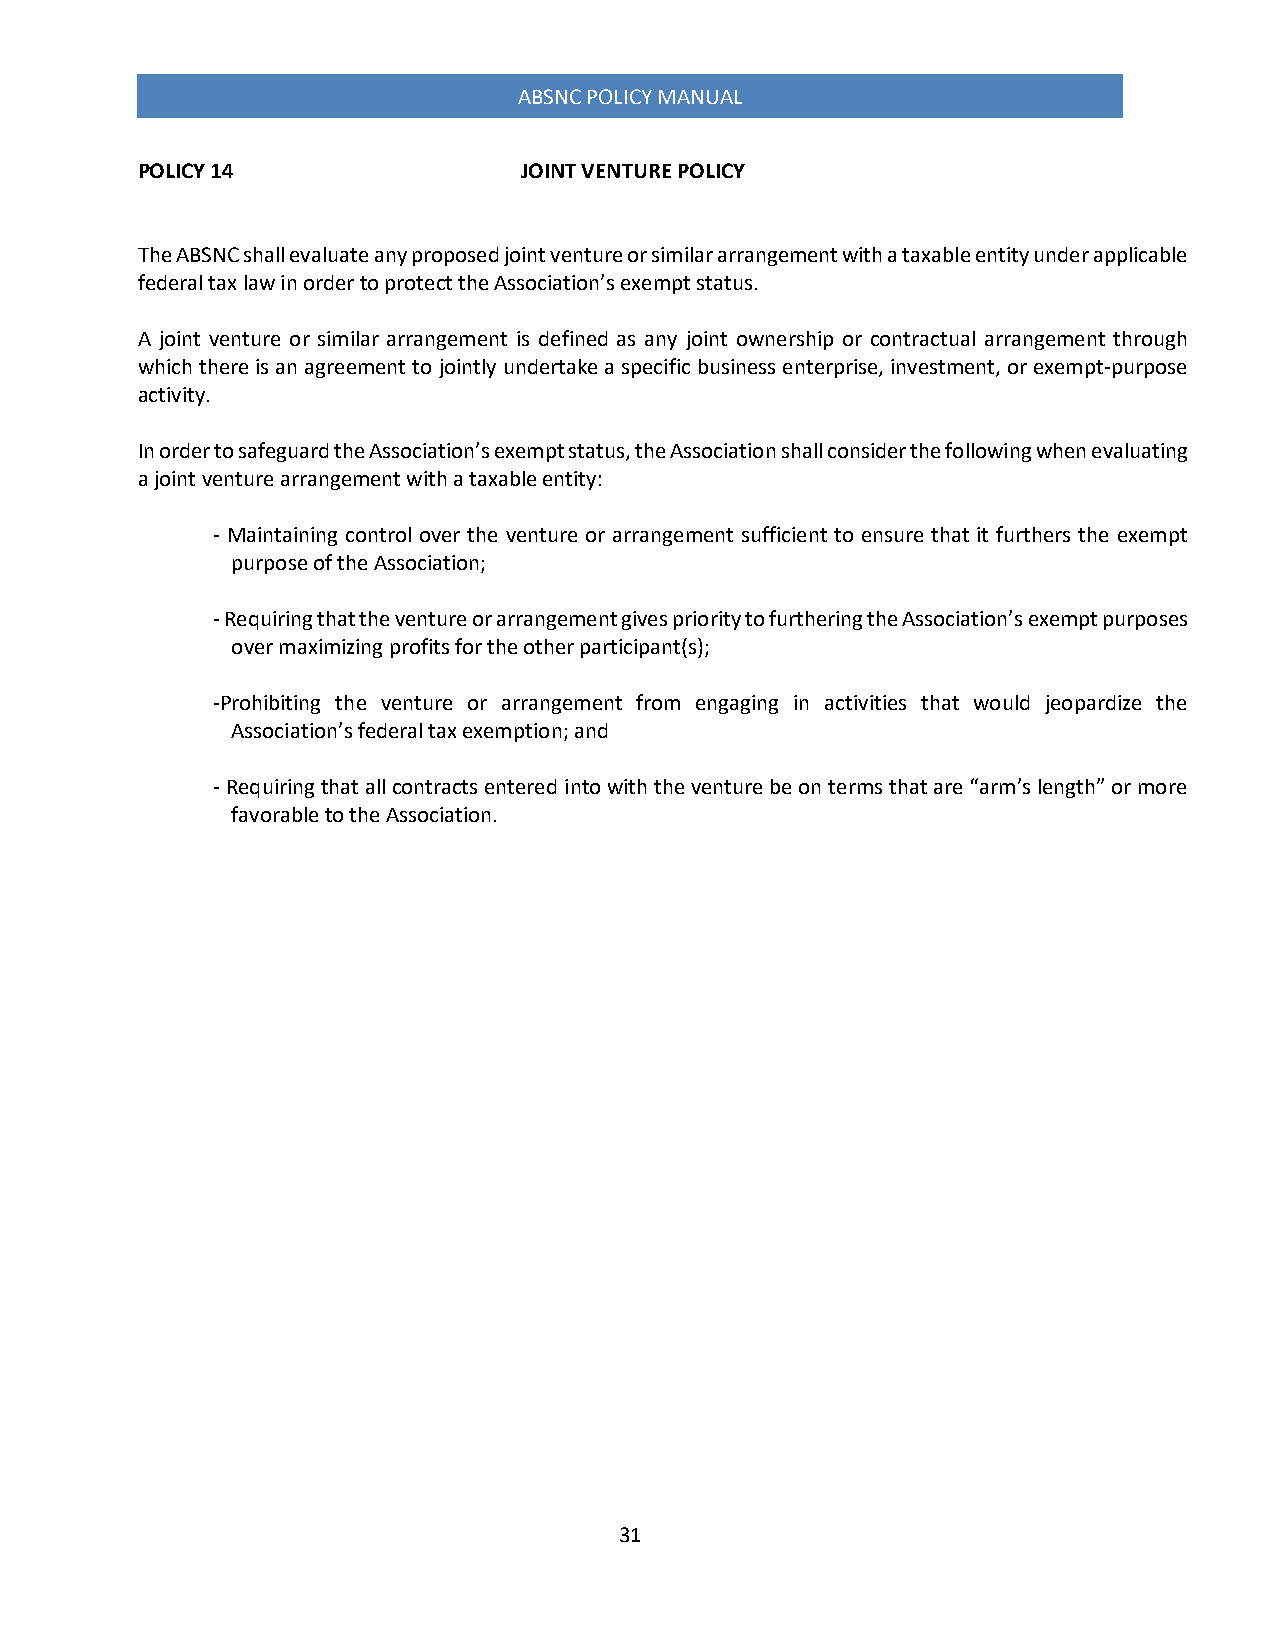
ABSNC POLICY MANUAL
 POLICY 14                 JOINT VENTURE POLICY
 The ABSNC shall evaluate any proposed joint venture or similar arrangement with a taxable entity under applicable
 federal tax law in order to protect the Association’s exempt status.
 A joint venture or similar arrangement is defined as any joint ownership or contractual arrangement through
 which there is an agreement to jointly undertake a specific business enterprise, investment, or exempt-purpose
 activity.
 In order to safeguard the Association’s exempt status, the Association shall consider the following when evaluating
 a joint venture arrangement with a taxable entity:
 - Maintaining control over the venture or arrangement sufficient to ensure that it furthers the exempt
 purpose of the Association;
 - Requiring that the venture or arrangement gives priority to furthering the Association’s exempt purposes
 over maximizing profits for the other participant(s);
 -Prohibiting the venture or arrangement from engaging in activities that would jeopardize the
 Association’s federal tax exemption; and
 - Requiring that all contracts entered into with the venture be on terms that are “arm’s length” or more
 favorable to the Association.
 31